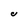
Character: C